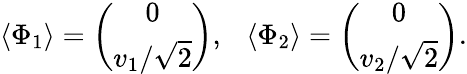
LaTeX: \langle\Phi_{1}\rangle=\left(\begin{array}{c}{{0}}\\ {{v_{1}/\sqrt 2}}\end{array}\right),~~~\langle\Phi_{2}\rangle=\left(\begin{array}{c}{{0}}\\ {{v_{2}/\sqrt 2}}\end{array}\right).